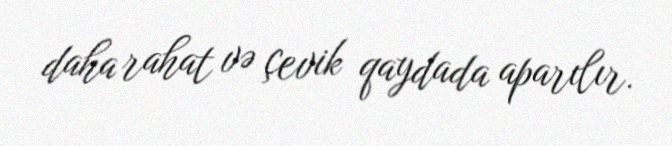
daha rahat və çevik qaydada aparılır.